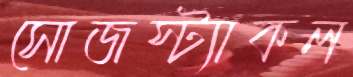
সোজস্ট্যাকল